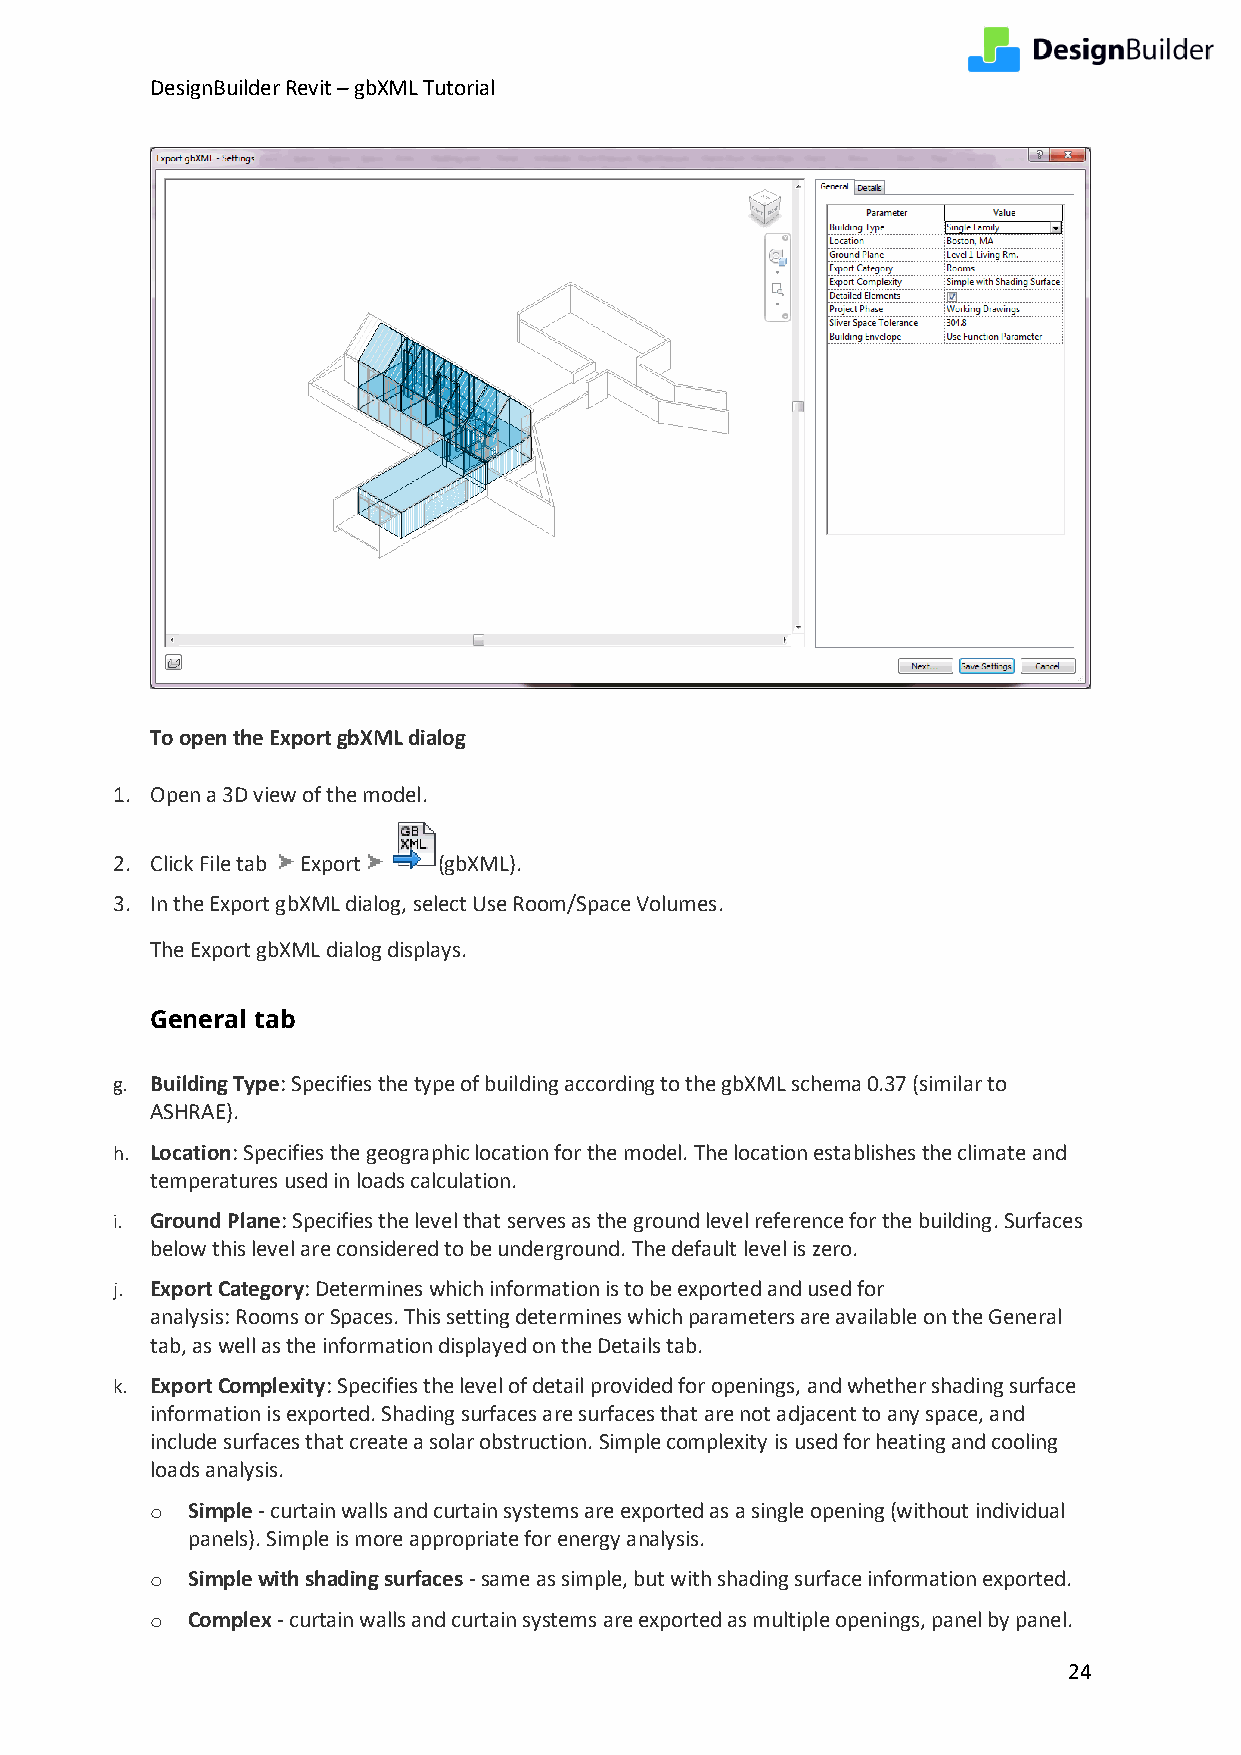
DesignBuilder Revit – gbXML Tutorial
 To open the Export gbXML dialog
 1. Open a 3D view of the model.
 2. Click File tab Export (gbXML).
 3. In the Export gbXML dialog, select Use Room/Space Volumes.
 The Export gbXML dialog displays.
 General tab
 g. Building Type: Specifies the type of building according to the gbXML schema 0.37 (similar to
 ASHRAE).
 h. Location: Specifies the geographic location for the model. The location establishes the climate and
 temperatures used in loads calculation.
 i. Ground Plane: Specifies the level that serves as the ground level reference for the building. Surfaces
 below this level are considered to be underground. The default level is zero.
 j. Export Category: Determines which information is to be exported and used for
 analysis: Rooms or Spaces. This setting determines which parameters are available on the General
 tab, as well as the information displayed on the Details tab.
 k. Export Complexity: Specifies the level of detail provided for openings, and whether shading surface
 information is exported. Shading surfaces are surfaces that are not adjacent to any space, and
 include surfaces that create a solar obstruction. Simple complexity is used for heating and cooling
 loads analysis.
 o Simple - curtain walls and curtain systems are exported as a single opening (without individual
 panels). Simple is more appropriate for energy analysis.
 o Simple with shading surfaces - same as simple, but with shading surface information exported.
 o Complex - curtain walls and curtain systems are exported as multiple openings, panel by panel.
 24